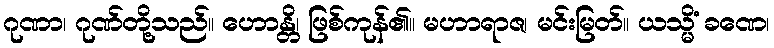
ဂုဏာ၊ ဂုဏ်တို့သည်။ ဟောန္တိ၊ ဖြစ်ကုန်၏။ မဟာရာဇ၊ မင်းမြတ်။ ယသ္မိံ ခဏေ၊